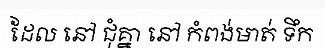
ដែល នៅ ជុំគ្នា នៅ កំពង់មាត់ ទឹក